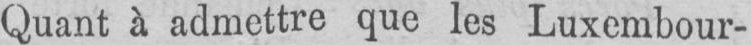
Quant à admettre que les Luxembour-